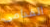
القدامى